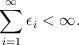
LaTeX: \begin{align*}\sum_{i=1}^{\infty} \epsilon_i < \infty . \end{align*}